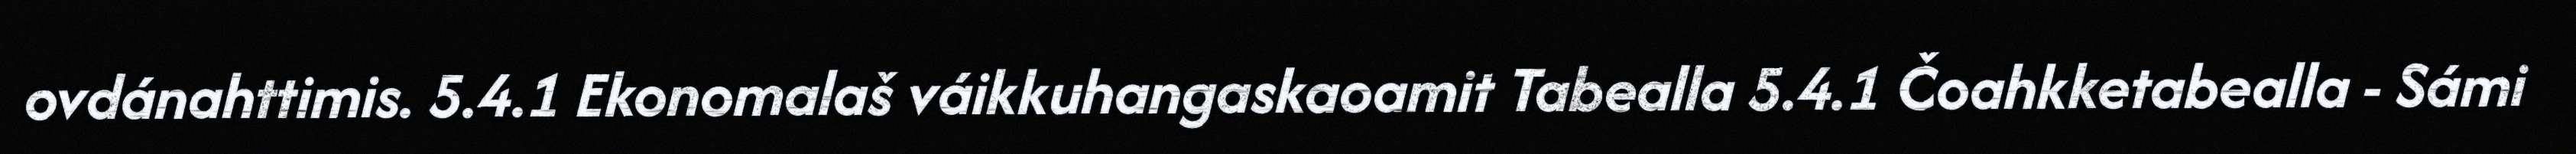
ovdánahttimis. 5.4.1 Ekonomalaš váikkuhangaskaoamit Tabealla 5.4.1 Čoahkketabealla - Sámi